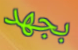
بجهد